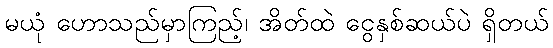
မယုံ ဟောသည်မှာကြည့်၊ အိတ်ထဲ ငွေနှစ်ဆယ်ပဲ ရှိတယ်